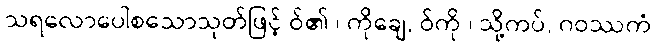
သရလောပေါစသောသုတ်ဖြင့် ဝ်၏ ၊ ကိုချေ, ဝ်ကို ၊ သို့ကပ်, ဂဝဿကံ